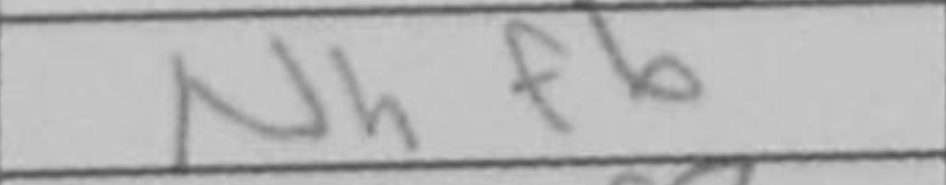
Transcription: Nhf6